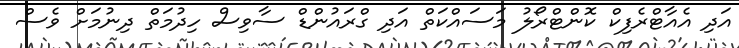
އަދި އެއާޓްރެފިކް ކޮންޓްރޯލު މަސައްކަތް އަދި ގްރައުންޑް ސާވިސް ހިދުމަތް ދިނުމަށް ވެސް